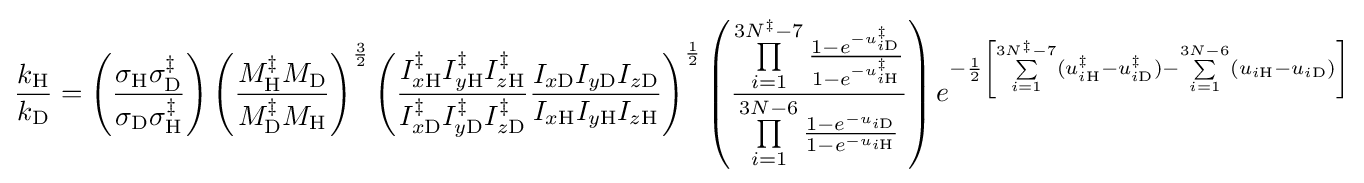
{\frac {k_{{\ce {H}}}}{k_{{\ce {D}}}}}=\left({\frac {\sigma _{{\ce {H}}}\sigma _{{\ce {D}}}^{\ddagger }}{\sigma _{{\ce {D}}}\sigma _{{\ce {H}}}^{\ddagger }}}\right)\left({\frac {M_{{\ce {H}}}^{\ddagger }M_{{\ce {D}}}}{M_{{\ce {D}}}^{\ddagger }M_{{\ce {H}}}}}\right)^{\frac {3}{2}}\left({\frac {I_{x{\ce {H}}}^{\ddagger }I_{y{\ce {H}}}^{\ddagger }I_{z{\ce {H}}}^{\ddagger }}{I_{x{\ce {D}}}^{\ddagger }I_{y{\ce {D}}}^{\ddagger }I_{z{\ce {D}}}^{\ddagger }}}{\frac {I_{x{\ce {D}}}I_{y{\ce {D}}}I_{z{\ce {D}}}}{I_{x{\ce {H}}}I_{y{\ce {H}}}I_{z{\ce {H}}}}}\right)^{\frac {1}{2}}\left({\frac {\prod \limits _{i=1}^{3N^{\ddagger }-7}{\frac {1-e^{-u_{i{\ce {D}}}^{\ddagger }}}{1-e^{-u_{i{\ce {H}}}^{\ddagger }}}}}{\prod \limits _{i=1}^{3N-6}{\frac {1-e^{-u_{i{\ce {D}}}}}{1-e^{-u_{i{\ce {H}}}}}}}}\right)e^{-{\frac {1}{2}}\left[\sum \limits _{i=1}^{3N^{\ddagger }-7}(u_{i{\ce {H}}}^{\ddagger }-u_{i{\ce {D}}}^{\ddagger })-\sum \limits _{i=1}^{3N-6}(u_{i{\ce {H}}}-u_{i{\ce {D}}})\right]}